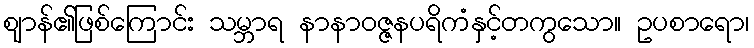
ဈာန်၏ဖြစ်ကြောင်း သမ္ဘာရ နာနာဝဇ္ဇနပရိကံနှင့်တကွသော။ ဥပစာရော၊